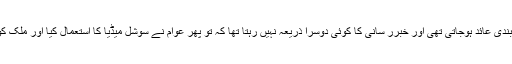
مختلف ممالک میں جب میڈیا پر پابندی عائد ہوجاتی تھی اور خبرر سانی کا کوئی دوسرا ذریعہ نہیں رہتا تھا کہ تو پھر عوام نے سوشل میڈیا کا استعمال کیا اور ملک کوتباہی سے بچانے میں فعال رہے۔